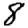
Digit: 8